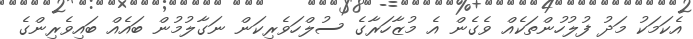
އެކަމަކު މަދު ފުލުހުންތަކެއް ވެގެން އެ މުޒާހަރާގެ ސުލްހަވެރިކަން ނަގާލުމުން ބައެއް ބައިވެރިންގެ